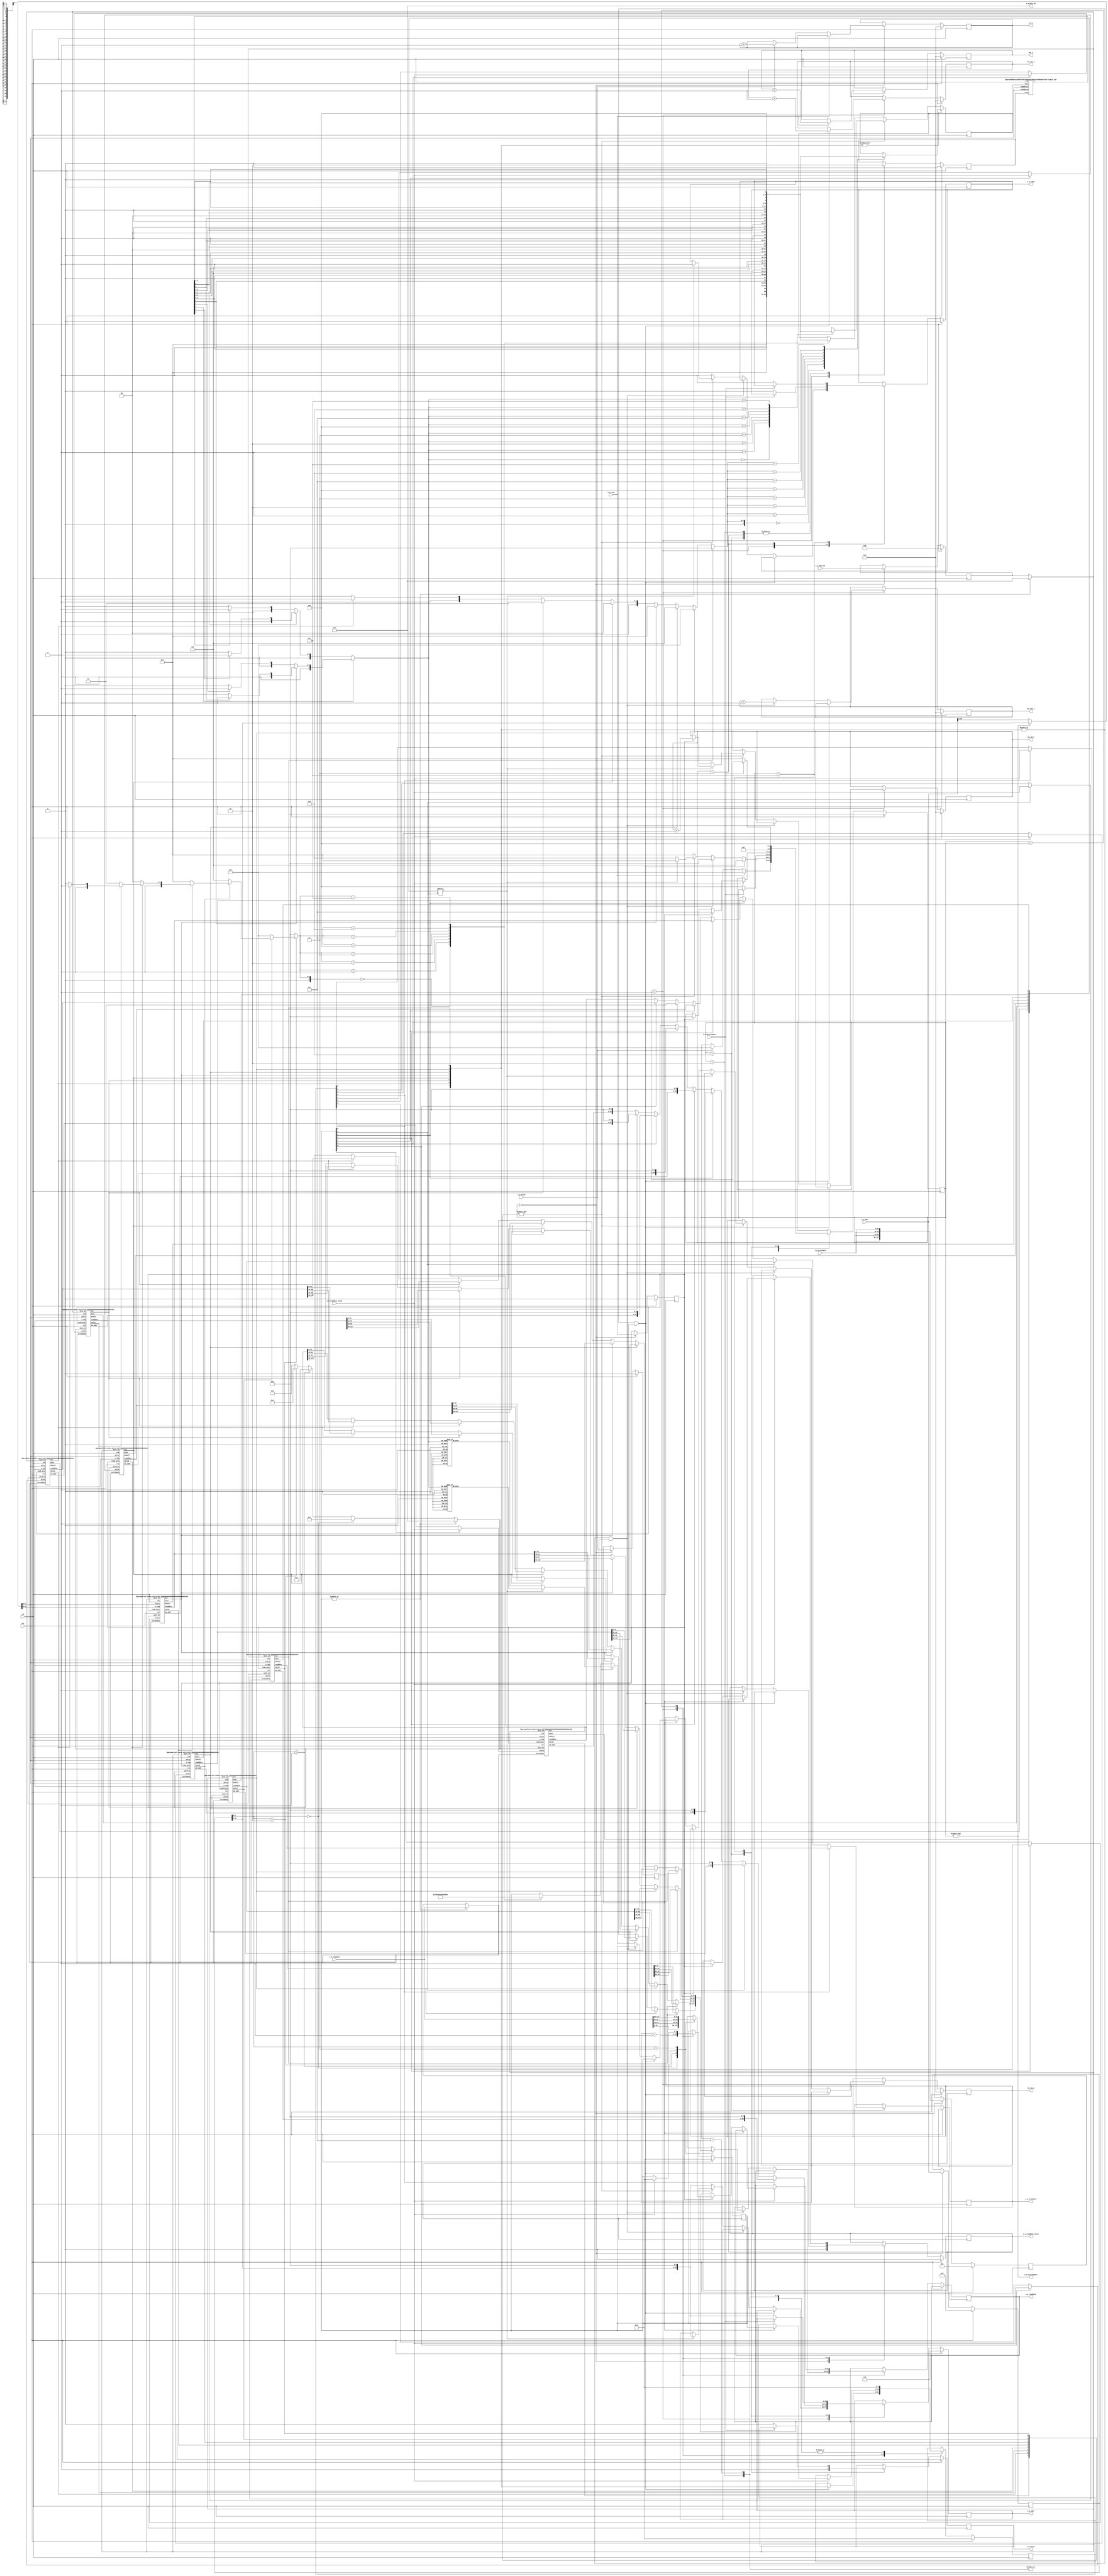
// Cache Memory (8way 4word)               //
// i_  means input port                    //
// o_  means output port                   //
// _p_  means data exchange with processor //
// _m_  means data exchange with memory    //
// Replacement policy is pseudo LRU (7bit) //

`default_nettype none

  module cache(clk,
               rst,
               i_p_addr,
               i_p_byte_en,
               i_p_writedata,
               i_p_read,
               i_p_write,
               o_p_readdata,
               o_p_readdata_valid,
               o_p_waitrequest,

               o_m_addr,
               o_m_byte_en,
               o_m_writedata,
               o_m_read,
               o_m_write,
               i_m_readdata,
               i_m_readdata_valid,
               i_m_waitrequest,

               cnt_r,
               cnt_w,
               cnt_hit_r,
               cnt_hit_w,
               cnt_wb_r,
               cnt_wb_w);

    parameter cache_entry = 9;
    input wire         clk, rst;
    input wire [24:0]  i_p_addr;
    input wire [3:0]   i_p_byte_en;
    input wire [31:0]  i_p_writedata;
    input wire         i_p_read, i_p_write;
    output reg [31:0]  o_p_readdata;
    output reg         o_p_readdata_valid;
    output wire        o_p_waitrequest;

    output reg [25:0]  o_m_addr;
    output wire [3:0]  o_m_byte_en;
    output reg [127:0] o_m_writedata;
    output reg         o_m_read, o_m_write;
    input wire [127:0] i_m_readdata;
    input wire         i_m_readdata_valid;
    input wire         i_m_waitrequest;

    output reg [31:0]  cnt_r;
    output reg [31:0]  cnt_w;
    output reg [31:0]  cnt_hit_r;
    output reg [31:0]  cnt_hit_w;
    output reg [31:0]  cnt_wb_r;
    output reg [31:0]  cnt_wb_w;

    wire [7:0]    hit;
    wire [7:0]    modify;
    wire [7:0]    miss;
    wire [7:0]    valid;
    wire [127:0]  readdata0, readdata1, readdata2, readdata3;
    wire [127:0]  readdata4, readdata5, readdata6, readdata7;
    wire [127:0]  writedata;
    wire          write0, write1, write2, write3;
    wire          write4, write5, write6, write7;
    wire [3:0]    word_en;
    wire [3:0] 	  byte_en;
    wire [22:0]   addr;
    wire [22:0]   wb_addr0, wb_addr1, wb_addr2, wb_addr3;
    wire [22:0]   wb_addr4, wb_addr5, wb_addr6, wb_addr7;
    wire [7:0] 	  r_cm_data;
    wire [3:0] 	  hit_num;
    wire [3:0] 	  invalid_num;

    reg  [2:0] 	  state;
    reg  [127:0]  writedata_buf;
    reg  [24:0]   write_addr_buf;
    reg  [3:0] 	  byte_en_buf;
    reg 		  write_buf, read_buf;
    reg  [7:0]    write_set;
    reg  [7:0]    fetch_write;
    reg  [7:0] 	  w_cm_data;
    reg 		  w_cm;

//    reg  [2:0]    replace;
    wire [2:0]    replace;

    localparam IDLE = 0;
    localparam COMP = 1;
    localparam HIT  = 2;
    localparam FETCH1 = 3;
    localparam FETCH2 = 4;
    localparam FETCH3 = 5;
    localparam WB1 = 6;
    localparam WB2 = 7;


`ifdef SIM
    integer i;
    
    initial begin
        for(i = 0; i <=(2**cache_entry-1); i=i+1) begin
	        ram_hot.mem[i] = 0;
        end
    end
`endif

    simple_ram #(.width(8), .widthad(cache_entry)) ram_hot(clk, addr[cache_entry-1:0], w_cm, w_cm_data, addr[cache_entry-1:0], r_cm_data);

    set #(.cache_entry(cache_entry))
    set0(.clk(clk),
         .rst(rst),
         .entry(addr[cache_entry-1:0]),
         .o_tag(addr[22:cache_entry]),
         .writedata(writedata),
         .byte_en(byte_en),
         .write(write0),
         .word_en(word_en), // 4word r/w change 
         .readdata(readdata0),
         .wb_addr(wb_addr0),
         .hit(hit[0]),
         .modify(modify[0]),
         .miss(miss[0]),
         .valid(valid[0]),
         .read_miss(read_buf));

    set #(.cache_entry(cache_entry))
    set1(.clk(clk),
         .rst(rst),
         .entry(addr[cache_entry-1:0]),
         .o_tag(addr[22:cache_entry]),
         .writedata(writedata),
         .byte_en(byte_en),
         .write(write1),
         .word_en(word_en), // 4word r/w change 
         .readdata(readdata1),
         .wb_addr(wb_addr1),
         .hit(hit[1]),
         .modify(modify[1]),
         .miss(miss[1]),
         .valid(valid[1]),
         .read_miss(read_buf));

    set #(.cache_entry(cache_entry))
    set2(.clk(clk),
         .rst(rst),
         .entry(addr[cache_entry-1:0]),
         .o_tag(addr[22:cache_entry]),
         .writedata(writedata),
         .byte_en(byte_en),
         .write(write2),
         .word_en(word_en), // 4word r/w change 
         .readdata(readdata2),
         .wb_addr(wb_addr2),
         .hit(hit[2]),
         .modify(modify[2]),
         .miss(miss[2]),
         .valid(valid[2]),
         .read_miss(read_buf));

    set #(.cache_entry(cache_entry))
    set3(.clk(clk),
         .rst(rst),
         .entry(addr[cache_entry-1:0]),
         .o_tag(addr[22:cache_entry]),
         .writedata(writedata),
         .byte_en(byte_en),
         .write(write3),
         .word_en(word_en), // 4word r/w change 
         .readdata(readdata3),
         .wb_addr(wb_addr3),
         .hit(hit[3]),
         .modify(modify[3]),
         .miss(miss[3]),
         .valid(valid[3]),
         .read_miss(read_buf));

    set #(.cache_entry(cache_entry))
    set4(.clk(clk),
         .rst(rst),
         .entry(addr[cache_entry-1:0]),
         .o_tag(addr[22:cache_entry]),
         .writedata(writedata),
         .byte_en(byte_en),
         .write(write4),
         .word_en(word_en), // 4word r/w change 
         .readdata(readdata4),
         .wb_addr(wb_addr4),
         .hit(hit[4]),
         .modify(modify[4]),
         .miss(miss[4]),
         .valid(valid[4]),
         .read_miss(read_buf));

    set #(.cache_entry(cache_entry))
    set5(.clk(clk),
         .rst(rst),
         .entry(addr[cache_entry-1:0]),
         .o_tag(addr[22:cache_entry]),
         .writedata(writedata),
         .byte_en(byte_en),
         .write(write5),
         .word_en(word_en), // 4word r/w change 
         .readdata(readdata5),
         .wb_addr(wb_addr5),
         .hit(hit[5]),
         .modify(modify[5]),
         .miss(miss[5]),
         .valid(valid[5]),
         .read_miss(read_buf));

    set #(.cache_entry(cache_entry))
    set6(.clk(clk),
         .rst(rst),
         .entry(addr[cache_entry-1:0]),
         .o_tag(addr[22:cache_entry]),
         .writedata(writedata),
         .byte_en(byte_en),
         .write(write6),
         .word_en(word_en), // 4word r/w change 
         .readdata(readdata6),
         .wb_addr(wb_addr6),
         .hit(hit[6]),
         .modify(modify[6]),
         .miss(miss[6]),
         .valid(valid[6]),
         .read_miss(read_buf));

    set #(.cache_entry(cache_entry))
    set7(.clk(clk),
         .rst(rst),
         .entry(addr[cache_entry-1:0]),
         .o_tag(addr[22:cache_entry]),
         .writedata(writedata),
         .byte_en(byte_en),
         .write(write7),
         .word_en(word_en), // 4word r/w change 
         .readdata(readdata7),
         .wb_addr(wb_addr7),
         .hit(hit[7]),
         .modify(modify[7]),
         .miss(miss[7]),
         .valid(valid[7]),
         .read_miss(read_buf));


    assign writedata = (|fetch_write) ?	i_m_readdata : writedata_buf; //128bit
    assign write0 = (fetch_write[0]) ? i_m_readdata_valid : write_set[0];
    assign write1 = (fetch_write[1]) ? i_m_readdata_valid : write_set[1];
    assign write2 = (fetch_write[2]) ? i_m_readdata_valid : write_set[2];
    assign write3 = (fetch_write[3]) ? i_m_readdata_valid : write_set[3];
    assign write4 = (fetch_write[4]) ? i_m_readdata_valid : write_set[4];
    assign write5 = (fetch_write[5]) ? i_m_readdata_valid : write_set[5];
    assign write6 = (fetch_write[6]) ? i_m_readdata_valid : write_set[6];
    assign write7 = (fetch_write[7]) ? i_m_readdata_valid : write_set[7];

    assign addr = (o_p_waitrequest) ? write_addr_buf[24:2] : i_p_addr[24:2]; // set module input addr is 23bit 
    assign byte_en = (|fetch_write) ? 4'b1111 : byte_en_buf;
    assign o_p_waitrequest = (state != IDLE);
    assign o_m_byte_en = 4'b1111;

    assign hit_num = (hit[0]) ? 0 : 
                     (hit[1]) ? 1 : 
                     (hit[2]) ? 2 : 
                     (hit[3]) ? 3 : 
                     (hit[4]) ? 4 : 
                     (hit[5]) ? 5 : 
                     (hit[6]) ? 6 : 7;
    assign invalid_num = (!valid[0]) ? 0 : 
                         (!valid[1]) ? 1 : 
                         (!valid[2]) ? 2 : 
                         (!valid[3]) ? 3 : 
                         (!valid[4]) ? 4 : 
                         (!valid[5]) ? 5 : 
                         (!valid[6]) ? 6 : 7;
    assign word_en = (|fetch_write) ? 4'b1111 : 
                     (write_addr_buf[1:0] == 2'b00) ? 4'b0001 :
                     (write_addr_buf[1:0] == 2'b01) ? 4'b0010 :
                     (write_addr_buf[1:0] == 2'b10) ? 4'b0100 : 4'b1000;
    assign replace = (r_cm_data[6]) ? ((r_cm_data[4]) ? ((r_cm_data[0]) ? 7 : 6) : ((r_cm_data[1]) ? 5 : 4)) :
                                      ((r_cm_data[5]) ? ((r_cm_data[2]) ? 3 : 2) : ((r_cm_data[3]) ? 1 : 0));
                                       
    always @(posedge clk) begin
        if(hit) begin
            case(hit_num)
                0: w_cm_data <= {3'b011, r_cm_data[4], 1'b1, r_cm_data[2:0]};
                1: w_cm_data <= {3'b011, r_cm_data[4], 1'b0, r_cm_data[2:0]};
                2: w_cm_data <= {3'b010, r_cm_data[4:3], 1'b1, r_cm_data[1:0]};
                3: w_cm_data <= {3'b010, r_cm_data[4:3], 1'b0, r_cm_data[1:0]};
                4: w_cm_data <= {2'b00, r_cm_data[5], 1'b1, r_cm_data[3:2], 1'b1, r_cm_data[0]};
                5: w_cm_data <= {2'b00, r_cm_data[5], 1'b1, r_cm_data[3:2], 1'b0, r_cm_data[0]};
                6: w_cm_data <= {2'b00, r_cm_data[5], 1'b0, r_cm_data[3:1], 1'b1};
                7: w_cm_data <= {2'b00, r_cm_data[5], 1'b0, r_cm_data[3:1], 1'b0};
            endcase
        end else if(!(&valid)) begin
            case(invalid_num)
                0: w_cm_data <= {3'b011, r_cm_data[4], 1'b1, r_cm_data[2:0]};
                1: w_cm_data <= {3'b011, r_cm_data[4], 1'b0, r_cm_data[2:0]};
                2: w_cm_data <= {3'b010, r_cm_data[4:3], 1'b1, r_cm_data[1:0]};
                3: w_cm_data <= {3'b010, r_cm_data[4:3], 1'b0, r_cm_data[1:0]};
                4: w_cm_data <= {2'b00, r_cm_data[5], 1'b1, r_cm_data[3:2], 1'b1, r_cm_data[0]};
                5: w_cm_data <= {2'b00, r_cm_data[5], 1'b1, r_cm_data[3:2], 1'b0, r_cm_data[0]};
                6: w_cm_data <= {2'b00, r_cm_data[5], 1'b0, r_cm_data[3:1], 1'b1};
                7: w_cm_data <= {2'b00, r_cm_data[5], 1'b0, r_cm_data[3:1], 1'b0};
            endcase
        end else begin
            case(replace)
                0: w_cm_data <= {3'b011, r_cm_data[4], 1'b1, r_cm_data[2:0]};
                1: w_cm_data <= {3'b011, r_cm_data[4], 1'b0, r_cm_data[2:0]};
                2: w_cm_data <= {3'b010, r_cm_data[4:3], 1'b1, r_cm_data[1:0]};
                3: w_cm_data <= {3'b010, r_cm_data[4:3], 1'b0, r_cm_data[1:0]};
                4: w_cm_data <= {2'b00, r_cm_data[5], 1'b1, r_cm_data[3:2], 1'b1, r_cm_data[0]};
                5: w_cm_data <= {2'b00, r_cm_data[5], 1'b1, r_cm_data[3:2], 1'b0, r_cm_data[0]};
                6: w_cm_data <= {2'b00, r_cm_data[5], 1'b0, r_cm_data[3:1], 1'b1};
                7: w_cm_data <= {2'b00, r_cm_data[5], 1'b0, r_cm_data[3:1], 1'b0};
            endcase
        end
    end

    always @(posedge clk) begin
        if(rst) begin
            o_p_readdata_valid <= 0;
            {o_m_read, o_m_write} <= 0;
            o_m_addr <= 0;
            write_addr_buf <= 0;
            byte_en_buf <= 0;
            writedata_buf <= 0;
            {write_buf, read_buf} <= 0;
            write_set <= 0;
            fetch_write <= 0;
            w_cm <= 0;
            {cnt_r, cnt_w} <= 0;
            {cnt_hit_r, cnt_hit_w} <= 0;
            {cnt_wb_r, cnt_wb_w} <= 0;
            state <= IDLE;
        end
        else begin
            case (state)
                IDLE: begin
                    write_set <= 0;
                    o_p_readdata_valid <= 0;
                    writedata_buf <= {i_p_writedata, i_p_writedata, i_p_writedata, i_p_writedata};
                    write_addr_buf <= i_p_addr;
                    byte_en_buf <= i_p_byte_en;
                    write_buf <= i_p_write;
                    read_buf <= i_p_read;
                    if(i_p_read) begin
                        state <= COMP;
                        cnt_r <= cnt_r + 1;
                    end else if(i_p_write) begin
                        state <= COMP;
                        cnt_w <= cnt_w + 1;
                    end
                end
                COMP: begin
                    if((|hit) && write_buf) begin
                        state <= HIT;
                        w_cm <= 1;
                        write_set <= hit;
                        cnt_hit_w <= cnt_hit_w + 1;
                    end else if((|hit) && read_buf) begin
                        state <= IDLE;
                        w_cm <= 1;
                        o_p_readdata_valid <= 1;
                        cnt_hit_r <= cnt_hit_r + 1;
                        case(write_addr_buf[1:0])
                            2'b00: begin
                                o_p_readdata <= (hit[0]) ? readdata0[31:0] : 
                                                (hit[1]) ? readdata1[31:0] : 
                                                (hit[2]) ? readdata2[31:0] : 
                                                (hit[3]) ? readdata3[31:0] : 
                                                (hit[4]) ? readdata4[31:0] : 
                                                (hit[5]) ? readdata5[31:0] : 
                                                (hit[6]) ? readdata6[31:0] : readdata7[31:0];
                            end
                            2'b01: begin
                                o_p_readdata <= (hit[0]) ? readdata0[63:32] : 
                                                (hit[1]) ? readdata1[63:32] : 
                                                (hit[2]) ? readdata2[63:32] : 
                                                (hit[3]) ? readdata3[63:32] : 
                                                (hit[4]) ? readdata4[63:32] : 
                                                (hit[5]) ? readdata5[63:32] : 
                                                (hit[6]) ? readdata6[63:32] : readdata7[63:32];
                            end
                            2'b10: begin
                                o_p_readdata <= (hit[0]) ? readdata0[95:64] : 
                                                (hit[1]) ? readdata1[95:64] : 
                                                (hit[2]) ? readdata2[95:64] : 
                                                (hit[3]) ? readdata3[95:64] : 
                                                (hit[4]) ? readdata4[95:64] : 
                                                (hit[5]) ? readdata5[95:64] : 
                                                (hit[6]) ? readdata6[95:64] : readdata7[95:64];
                            end
                            2'b11: begin
                                o_p_readdata <= (hit[0]) ? readdata0[127:96] : 
                                                (hit[1]) ? readdata1[127:96] : 
                                                (hit[2]) ? readdata2[127:96] :
                                                (hit[3]) ? readdata3[127:96] : 
                                                (hit[4]) ? readdata4[127:96] : 
                                                (hit[5]) ? readdata5[127:96] : 
                                                (hit[6]) ? readdata6[127:96] : readdata7[127:96];
                            end
                        endcase
                    end else if(!(&valid)) begin
                        state <= FETCH1;
                        w_cm <= 1;
                        o_m_addr <= {write_addr_buf[24:2], 3'b000};
                        o_m_read <= 1;
                        case(invalid_num)
                            0: fetch_write <= 8'b00000001;
                            1: fetch_write <= 8'b00000010;
                            2: fetch_write <= 8'b00000100;
                            3: fetch_write <= 8'b00001000;
                            4: fetch_write <= 8'b00010000;
                            5: fetch_write <= 8'b00100000;
                            6: fetch_write <= 8'b01000000;
                            7: fetch_write <= 8'b10000000;
                        endcase 
                    end else if(miss[replace]) begin
                        state <= FETCH1;
                        w_cm <= 1;
                        o_m_addr <= {write_addr_buf[24:2], 3'b000};
                        o_m_read <= 1;
                        case(replace)
                            0: fetch_write <= 8'b00000001;
                            1: fetch_write <= 8'b00000010;
                            2: fetch_write <= 8'b00000100;
                            3: fetch_write <= 8'b00001000;
                            4: fetch_write <= 8'b00010000;
                            5: fetch_write <= 8'b00100000;
                            6: fetch_write <= 8'b01000000;
                            7: fetch_write <= 8'b10000000;
                        endcase 
                    end else begin
                        state <= WB1;
                        w_cm <= 1;
                        case(replace)
                            0: fetch_write <= 8'b00000001;
                            1: fetch_write <= 8'b00000010;
                            2: fetch_write <= 8'b00000100;
                            3: fetch_write <= 8'b00001000;
                            4: fetch_write <= 8'b00010000;
                            5: fetch_write <= 8'b00100000;
                            6: fetch_write <= 8'b01000000;
                            7: fetch_write <= 8'b10000000;
                        endcase 
                        if(read_buf) cnt_wb_r <= cnt_wb_r + 1;
                        else if(write_buf) cnt_wb_w <= cnt_wb_w + 1;
                    end
                end
                HIT: begin
                    w_cm <= 0;
                    write_set <= 0;
                    state <= IDLE;
                end
                FETCH1: begin
                    w_cm <= 0;
                    if(!i_m_waitrequest) begin
                        o_m_read <= 0;
                        state <= FETCH2;
                    end
                end
                FETCH2: begin
                    if(i_m_readdata_valid) begin
                        fetch_write <= 0;            //add 3/9
                        if(write_buf) begin
                            state <= FETCH3;
                            write_set <= fetch_write;
		                end else if(read_buf) begin
                            state <= IDLE;
		                    o_p_readdata_valid <= 1;
		                    case(write_addr_buf[1:0])
		                        2'b00: o_p_readdata <= i_m_readdata[ 31: 0];
		                        2'b01: o_p_readdata <= i_m_readdata[ 63:32];
		                        2'b10: o_p_readdata <= i_m_readdata[ 95:64];
		                        2'b11: o_p_readdata <= i_m_readdata[127:96];
		                    endcase
		                end
                    end
                end
                FETCH3: begin
                    state <= IDLE;
                    write_set <= 0;
                end
                WB1: begin
                    w_cm <= 0;
                    o_m_addr <= (fetch_write[0]) ? {wb_addr0, 3'b000} :
                                (fetch_write[1]) ? {wb_addr1, 3'b000} :
                                (fetch_write[2]) ? {wb_addr2, 3'b000} :
                                (fetch_write[3]) ? {wb_addr3, 3'b000} :
                                (fetch_write[4]) ? {wb_addr4, 3'b000} :
                                (fetch_write[5]) ? {wb_addr5, 3'b000} :
                                (fetch_write[6]) ? {wb_addr6, 3'b000} : {wb_addr7, 3'b000};
                    o_m_writedata <= (fetch_write[0]) ? readdata0 : 
                                     (fetch_write[1]) ? readdata1 : 
                                     (fetch_write[2]) ? readdata2 : 
                                     (fetch_write[3]) ? readdata3 : 
                                     (fetch_write[4]) ? readdata4 :
                                     (fetch_write[5]) ? readdata5 : 
                                     (fetch_write[6]) ? readdata6 : readdata7;
                    o_m_write <= 1;
                    state <= WB2;
                end
                WB2: begin
                    if(!i_m_waitrequest) begin
                        o_m_write <= 0;
                        o_m_addr <= {write_addr_buf[24:2], 3'b000};
                        o_m_read <= 1;
                        state <= FETCH1;
                    end
                end
            endcase // case (state)
        end
    end

endmodule // cache

//// 1 set module is equivalent to 1 way cache memory bank ////
module set(clk,
           rst,
           entry,
           o_tag,
           writedata,
           byte_en,
           write,
           word_en,

           readdata,
           wb_addr,
           hit,
           modify,
           miss,
           valid,
           read_miss);

    parameter cache_entry = 14;

    input wire                    clk, rst;
    input wire [cache_entry-1:0]  entry;
    input wire [22-cache_entry:0] o_tag;
    input wire [127:0] 		      writedata;
    input wire [3:0] 		      byte_en;
    input wire       	          write;
    input wire [3:0]              word_en;
    input wire 			          read_miss;

    output wire [127:0] 		  readdata;
    output wire [22:0] 		      wb_addr;
    output wire 			      hit, modify, miss, valid;



    wire [22-cache_entry:0] 	 i_tag;
    wire 			             dirty;
    wire [24-cache_entry:0] 	 write_tag_data;

    assign hit = valid && (o_tag == i_tag);
    assign modify = valid && (o_tag != i_tag) && dirty;
    assign miss = !valid || ((o_tag != i_tag) && !dirty);

    assign wb_addr = {i_tag, entry};
    // write -> [3:0] write, writedata/readdata 32bit -> 128bit
    simple_ram #(.width(8), .widthad(cache_entry)) ram11_3(clk, entry, write && word_en[3]  && byte_en[3], writedata[127:120], entry, readdata[127:120]);
    simple_ram #(.width(8), .widthad(cache_entry)) ram11_2(clk, entry, write && word_en[3]  && byte_en[2], writedata[119:112], entry, readdata[119:112]);
    simple_ram #(.width(8), .widthad(cache_entry)) ram11_1(clk, entry, write && word_en[3]  && byte_en[1], writedata[111:104], entry, readdata[111:104]);
    simple_ram #(.width(8), .widthad(cache_entry)) ram11_0(clk, entry, write && word_en[3]  && byte_en[0], writedata[103:96], entry, readdata[103:96]);

    simple_ram #(.width(8), .widthad(cache_entry)) ram10_3(clk, entry, write && word_en[2]  && byte_en[3], writedata[95:88], entry, readdata[95:88]);
    simple_ram #(.width(8), .widthad(cache_entry)) ram10_2(clk, entry, write && word_en[2]  && byte_en[2], writedata[87:80], entry, readdata[87:80]);
    simple_ram #(.width(8), .widthad(cache_entry)) ram10_1(clk, entry, write && word_en[2]  && byte_en[1], writedata[79:72], entry, readdata[79:72]);
    simple_ram #(.width(8), .widthad(cache_entry)) ram10_0(clk, entry, write && word_en[2]  && byte_en[0], writedata[71:64], entry, readdata[71:64]);

    simple_ram #(.width(8), .widthad(cache_entry)) ram01_3(clk, entry, write && word_en[1]  && byte_en[3], writedata[63:56], entry, readdata[63:56]);
    simple_ram #(.width(8), .widthad(cache_entry)) ram01_2(clk, entry, write && word_en[1]  && byte_en[2], writedata[55:48], entry, readdata[55:48]);
    simple_ram #(.width(8), .widthad(cache_entry)) ram01_1(clk, entry, write && word_en[1]  && byte_en[1], writedata[47:40], entry, readdata[47:40]);
    simple_ram #(.width(8), .widthad(cache_entry)) ram01_0(clk, entry, write && word_en[1]  && byte_en[0], writedata[39:32], entry, readdata[39:32]);

    simple_ram #(.width(8), .widthad(cache_entry)) ram00_3(clk, entry, write && word_en[0]  && byte_en[3], writedata[31:24], entry, readdata[31:24]);
    simple_ram #(.width(8), .widthad(cache_entry)) ram00_2(clk, entry, write && word_en[0]  && byte_en[2], writedata[23:16], entry, readdata[23:16]);
    simple_ram #(.width(8), .widthad(cache_entry)) ram00_1(clk, entry, write && word_en[0]  && byte_en[1], writedata[15: 8], entry, readdata[15:8]);
    simple_ram #(.width(8), .widthad(cache_entry)) ram00_0(clk, entry, write && word_en[0]  && byte_en[0], writedata[ 7: 0], entry, readdata[ 7:0]);


    assign write_tag_data = (read_miss) ? {1'b0, 1'b1, o_tag} : (modify || miss ) ? {1'b1, 1'b1, o_tag} : {1'b1, 1'b1, i_tag};
    simple_ram #(.width(25-cache_entry), .widthad(cache_entry)) ram_tag(clk, entry, write, write_tag_data, entry, {dirty, valid, i_tag});

`ifdef SIM
    integer i;

    initial begin
        for(i = 0; i <=(2**cache_entry-1); i=i+1) begin
	        ram_tag.mem[i] = 0;
        end
    end
`endif

endmodule


module simple_ram
  #(parameter width     = 1,
    parameter widthad   = 1
    )
   (
    input 		   clk,
    
    input [widthad-1:0]    wraddress,
    input 		   wren,
    input [width-1:0] 	   data,
    
    input [widthad-1:0]    rdaddress,
    output reg [width-1:0] q
    );

reg [width-1:0] mem [(2**widthad)-1:0];

always @(posedge clk) begin
    if(wren) mem[wraddress] <= data;
    
    q <= mem[rdaddress];
end

endmodule